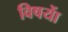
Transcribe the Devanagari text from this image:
विषयाें